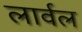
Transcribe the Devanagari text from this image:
लार्वल